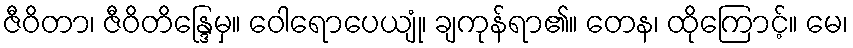
ဇီဝိတာ၊ ဇီဝိတိန္ဒြေမှ။ ဝေါရောပေယျုံ၊ ချကုန်ရာ၏။ တေန၊ ထိုကြောင့်။ မေ၊